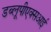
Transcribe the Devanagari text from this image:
डब्लूपीएक्सआई